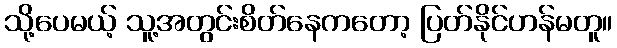
သို့ပေမယ့် သူ့အတွင်းစိတ်နေကတော့ ပြတ်နိုင်ဟန်မတူ။